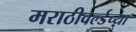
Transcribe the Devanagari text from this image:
मराठीवर्ल्डच्या